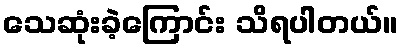
သေဆုံးခဲ့ကြောင်း သိရပါတယ်။